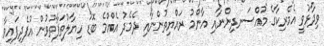
ވިދާޅުވީ އެމެރިކާގެ މުއްސަނދިންނާއި އާންމު ރައްޔިތުންނާއި ދެމެދު އެއްމެ ބޮޑު ހިޔާލުތަފާތުވުން އުފެދިފައިވާ